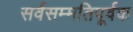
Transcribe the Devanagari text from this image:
सर्वसम्मतिपूर्वक